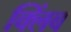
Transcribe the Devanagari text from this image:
क्लिंब